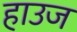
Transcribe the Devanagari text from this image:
हाउज